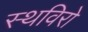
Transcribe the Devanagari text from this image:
स्थविरो